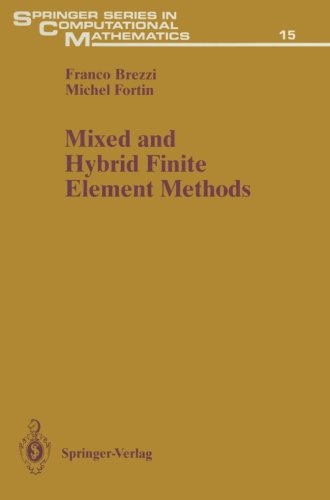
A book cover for Mixed and Hybrid Finite Element Methods (Springer Series in Computational Mathematics); Franco Brezzi; Science & Math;